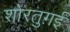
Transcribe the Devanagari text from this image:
शोरतुग़ई